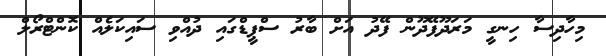
މިހާދިސާ ހިނގީ މަރަދޫފޭދޫން ފޭދު އަށް ބާރު ސްޕީޑްގައި ދުއްވި ސައިކަލެއް ކޮންޓްރޯލް